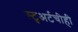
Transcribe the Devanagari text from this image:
स्टुअर्टचीही